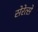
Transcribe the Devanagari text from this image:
सेरेत्से